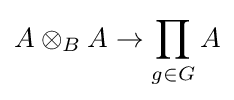
A\otimes _{B}A\to \prod _{g\in G}A